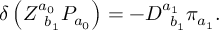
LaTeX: \delta \left( Z _ { \; \; b _ { 1 } } ^ { a _ { 0 } } { \cal P } _ { a _ { 0 } } \right) = - D _ { \; \; b _ { 1 } } ^ { a _ { 1 } } \pi _ { a _ { 1 } } .